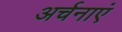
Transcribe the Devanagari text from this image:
अर्चनाएं